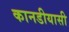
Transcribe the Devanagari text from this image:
कानडीयासी